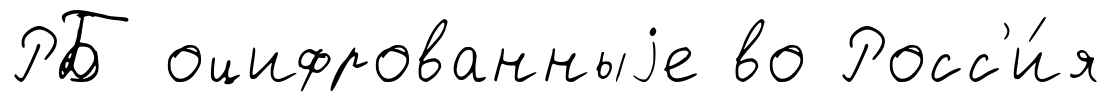
РБ оцифрованныjе во Росс'и́я